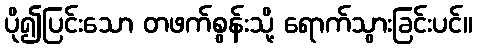
ပို၍ပြင်းသော တဖက်စွန်းသို့ ရောက်သွားခြင်းပင်။